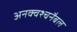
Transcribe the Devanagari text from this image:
अनक्वश्चनैबल